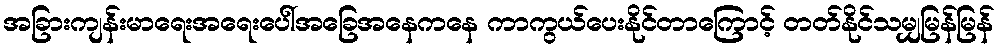
အခြားကျန်းမာရေးအရေးပေါ်အခြေအနေကနေ ကာကွယ်ပေးနိုင်တာကြောင့် တတ်နိုင်သမျှမြန်မြန်